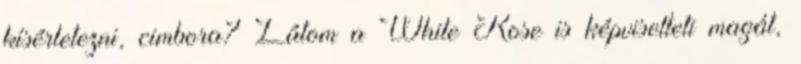
kísérletezni, cimbora? Látom a White Rose is képviselteti magát,